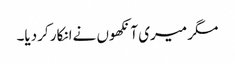
مگر میری آنکھوں نےانکار کردیا۔